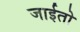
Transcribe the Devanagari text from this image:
जाईतो